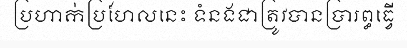
ប្រហាក់ប្រហែលនេះ ទំនងជាត្រូវបានប្រារព្ធធ្វើ